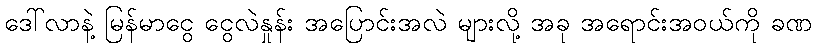
ဒေါ်လာနဲ့ မြန်မာငွေ ငွေလဲနှုန်း အပြောင်းအလဲ များလို့ အခု အရောင်းအဝယ်ကို ခဏ